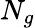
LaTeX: N_{g}